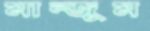
মান্জুম